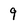
Character: 9